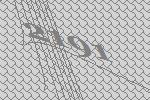
2191